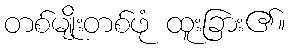
တစ်မျိုးတစ်ဖုံ ထူးခြား၏။